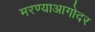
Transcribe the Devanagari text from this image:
मरण्याआगोदर